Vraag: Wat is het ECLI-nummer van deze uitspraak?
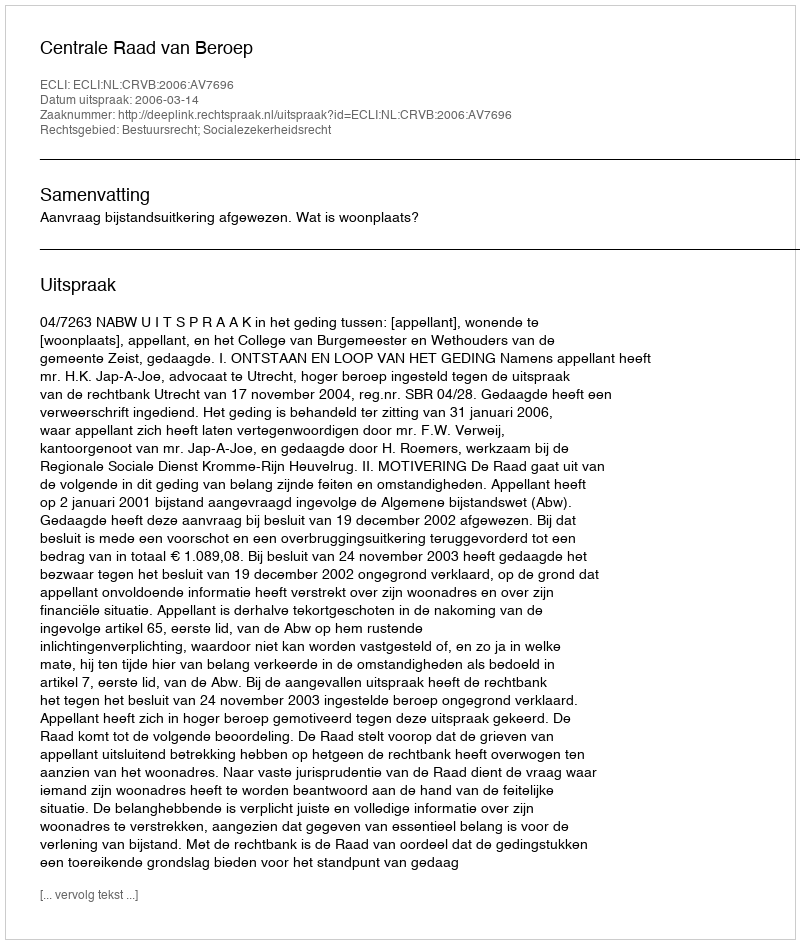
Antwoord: ECLI:NL:CRVB:2006:AV7696